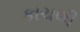
કાચલી